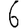
Digit: 6